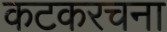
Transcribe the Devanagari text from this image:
कटकरचना